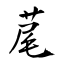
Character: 荱